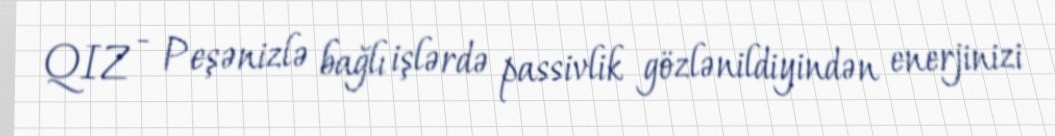
QIZ - Peşənizlə bağlı işlərdə passivlik gözlənildiyindən enerjinizi